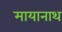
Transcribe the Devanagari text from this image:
मायानाथ